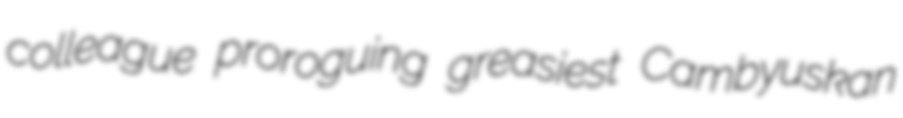
colleague proroguing greasiest Cambyuskan